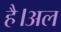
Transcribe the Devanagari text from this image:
है।अल